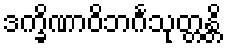
ဒက္ခိဏာဝိဘင်္ဂသုတ္တန္တိ